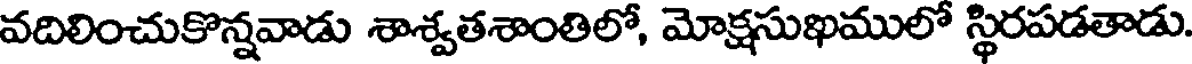
వదిలించుకొన్నవాడు శాశ్వతశాంతిలో, మోక్షసుఖములో స్థిరపడతాడు.